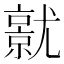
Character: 𡰜